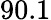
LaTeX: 90.1